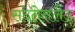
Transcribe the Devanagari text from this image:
सदेतेनलैंड